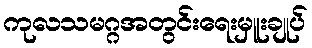
ကုလသမဂ္ဂအတွင်းရေးမှူးချုပ်